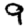
Digit: 9